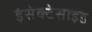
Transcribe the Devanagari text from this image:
इंसेक्टेसाइड